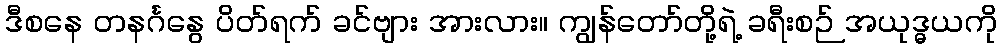
ဒီစနေ တနင်္ဂနွေ ပိတ်ရက် ခင်ဗျား အားလား။ ကျွန်တော်တို့ရဲ့ ခရီးစဉ် အယုဒ္ဓယကို